Lunatic asylums in Bengal annual reports 1888-1898 - 1888-1898
Year: 1888
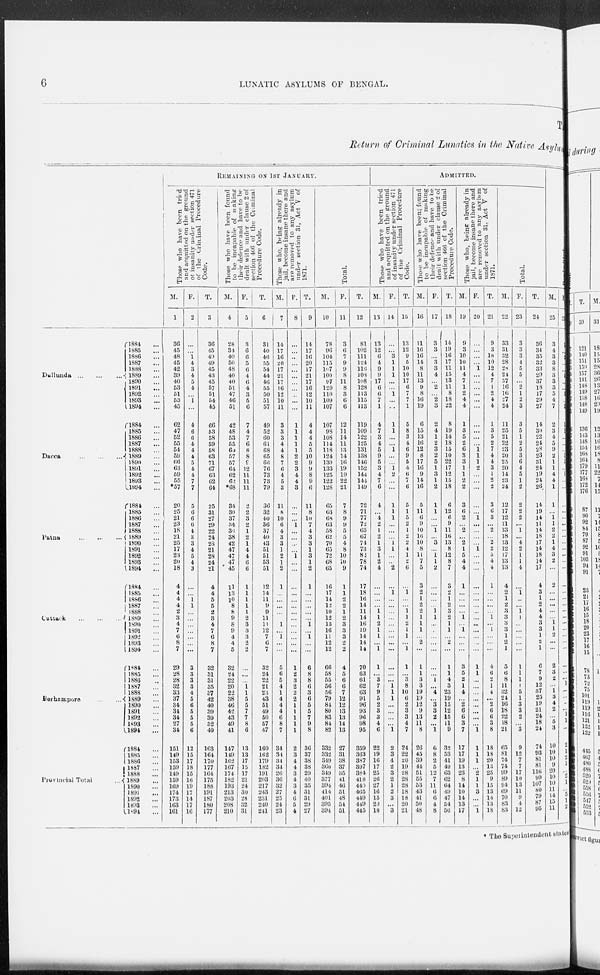
6
LUNATIC ASYLUMS OF BENGAL.
T.
Return
of Criminal
Lunatics
in the Native
Asylum
Dullunda
...
...
...
Dacca
...
...
...
Patna
...
...
...
Cuttack
...
...
...
Berhampore
...
...
Provincial Total
...
1884 ...
1885 ...
1886 ...
1887 ...
1888 ...
1889 ...
1890 ...
1891 ...
1892 ...
1893 ...
1894 ...
1884 ...
1885 ...
1886 ...
1887 ...
1888 ...
1889 ...
1890 ...
1891 ...
1892 ...
1893 ...
1894 ...
1884 ...
1885 ...
1886 ...
1887 ...
1888 ...
1889 ...
1890 ...
1891 ...
1892 ...
1893 ...
1894 ...
1884 ...
1885 ...
1886 ...
1887 ...
1888 ...
1889 ...
1890 ...
1891 ...
1892 ...
1893 ...
1894 ...
1884 ...
1885 ...
1886 ...
1887 ...
1888 ...
1889 ...
1890 ...
1891 ...
1892 ...
1893 ...
1894 ...
1884 ...
1885 ...
1886 ...
1887 ...
1888 ...
1889 ...
1890 ...
1891 ...
1892 ...
1893 ...
1894 ...
REMAINING ON 1ST JANUARY.
Those who have been tried
and acquitted on the ground
of insanity under section 471
of the Criminal Procedure
Code.
M.
1
36
45
48
45
42
39
40
53
51
53
45
62
47
52
55
54
59
66
63
59
55
*57
20
25
21
23
18
21
25
17
23
20
18
4
4
4
4
2
3
4
7
6
8
7
29
28
28
32
33
37
34
34
34
27
34
151
149
153
159
149
159
169
174
173
163
161
F.
2
...
...
1
4
3
4
5
4
...
1
...
4
6
6
4
4
4
5
4
4
7
7
5
6
6
6
4
3
3
4
5
4
3
...
...
1
1
...
...
...
...
...
...
...
3
3
3
3
4
5
6
5
5
5
6
12
15
17
18
15
16
19
17
14
17
16
T.
3
36
45
49
49
45
43
45
57
51
54
45
66
53
58
59
58
63
71
67
63
62
64
25
31
27
29
22
24
28
21
28
24
21
4
4
5
5
2
3
4
7
6
8
7
32
31
31
35
37
42
40
39
39
32
40
163
164
170
177
164
175
188
191
187
180
177
Those who have been found
to be incapable of making
their defence and have to be
dealt with under clause 2 of
section 466 of the Criminal
Procedure Code.
M.
4
28
34
40
50
48
40
40
51
47
46
51
42
48
53
55
60
57
57
64
62
62
*68
34
30
37
34
36
38
42
47
47
47
45
11
13
10
8
8
9
8
9
4
4
5
32
24
22
20
22
38
46
42
43
49
41
147
149
162
167
174
182
193
213
203
208
210
F.
5
3
6
6
5
6
4
6
4
3
5
6
7
4
7
6
8
8
9
12
11
11
11
2
2
3
2
1
2
1
4
4
6
6
1
1
1
1
1
2
3
3
3
2
2
...
...
...
1
1
5
5
7
7
8
6
13
13
17
15
17
21
24
30
28
32
31
T.
6
31
40
46
55
54
44
46
55
50
51
57
49
52
60
61
68
65
66
76
73
73
79
36
32
40
36
37
40
43
51
51
53
51
12
14
11
9
9
11
11
12
7
6
7
32
24
22
21
23
43
51
49
50
57
47
160
162
179
182
191
203
217
213
231
240
241
Those who, being already in
jail, become insane there and
are removed to any asylum
under section 31, Act V of
1871.
M.
7
14
17
16
20
17
21
17
16
12
10
11
3
3
3
4
4
8
7
6
4
5
3
11
8
10
6
4
3
3
1
2
1
2
1
...
...
...
...
...
1
...
1
...
...
5
6
5
4
1
4
4
4
6
8
7
34
34
34
34
26
36
32
27
25
24
23
F.
8
...
...
...
...
...
...
...
...
...
...
...
1
1
1
1
1
2
2
3
4
4
3
...
...
...
1
...
...
...
...
1
...
...
...
...
...
...
...
...
...
...
...
...
...
1
2
3
2
2
2
1
1
1
1
1
2
3
4
4
3
4
3
4
6
5
4
T.
9
14
17
16
20
17
21
17
16
12
10
11
4
4
4
5
5
10
9
9
8
9
6
11
8
10
7
4
3
3
1
3
1
2
1
...
...
...
...
...
1
...
1
...
...
6
8
8
6
3
6
5
5
7
9
8
36
37
38
38
29
40
35
31
31
29
27
Total.
M.
10
78
96
104
115
107
100
97
120
110
109
107
107
98
108
114
118
124
130
133
125
122
128
65
63
68
63
58
62
70
65
72
68
65
16
17
14
12
10
12
13
16
11
12
12
66
58
55
56
56
79
84
80
83
84
82
332
332
349
360
349
377
394
414
401
395
394
F.
11
3
6
7
9
9
8
11
8
3
6
6
12
11
14
11
13
14
16
19
19
22
21
7
8
9
9
5
5
4
8
10
10
9
1
1
2
2
1
2
3
3
3
2
2
4
5
6
6
7
12
12
13
13
14
13
27
31
38
37
35
41
46
51
48
54
51
T.
12
81
102
111
124
116
108
108
128
113
115
113
119
109
122
125
131
138
146
152
144
144
149
72
71
77
72
63
67
74
73
82
78
74
17
18
16
14
11
14
16
19
14
14
14
70
63
61
62
63
91
96
93
96
98
95
359
363
387
397
384
418
440
465
449
449
445
Admitted.
Those who have been tried
and acquitted on the ground
of insanity under section 471
of the Criminal Procedure
Code.
M.
13
13
12
6
4
9
9
17
6
6
7
1
4
7
3
4
5
9
5
3
4
7
6
4
...
4
2
1
2
1
3
1
2
4
...
...
...
...
1
1
2
1
1
...
1
1
...
3
7
9
5
2
3
3
4
6
22
19
16
17
25
26
27
16
15
20
18
F.
14
...
...
3
1
1
1
...
...
1
...
...
1
1
...
...
1
...
...
1
2
...
...
1
1
1
...
...
...
1
1
...
...
2
...
1
...
...
...
...
...
...
...
...
...
...
...
...
1
1
1
...
...
...
...
1
2
3
4
2
3
2
1
2
3
...
3
T.
15
13
12
9
5
10
10
17
6
7
7
1
5
8
3
4
6
9
5
4
6
7
6
5
1
5
2
1
2
2
4
1
2
6
...
1
...
...
1
1
2
1
1
...
1
1
...
3
8
10
6
2
3
3
4
7
24
22
20
19
28
28
28
18
18
20
21
Those who have been found
to be incapable of making
their defence and have to be
dealt with under clause 2 of
section 466 of the Criminal
Procedure Code.
M.
16
11
16
16
14
8
11
13
9
8
16
19
6
15
13
16
12
8
17
16
9
14
16
5
11
6
9
10
16
10
8
11
7
5
3
2
1
2
2
1
1
1
...
2
...
1
1
3
3
19
19
12
9
13
11
8
26
45
39
44
51
55
53
43
41
50
48
F.
17
3
3
...
3
3
4
...
2
...
2
3
2
4
1
2
3
2
5
1
3
1
2
1
1
...
...
1
...
3
...
1
1
2
...
...
...
...
1
1
...
...
...
...
...
...
...
1
...
4
...
3
3
2
...
1
6
8
2
5
12
7
11
6
6
4
8
T.
18
14
19
16
17
11
15
13
11
8
18
22
8
19
14
18
15
10
22
17
12
15
18
6
12
6
9
11
16
13
8
12
8
7
3
2
1
2
3
2
1
1
...
2
...
1
1
4
3
23
19
15
12
15
11
9
32
53
41
49
63
62
64
49
47
54
56
Those who, being already in
jail, become insane there and
are removed to any asylum
under section 31, Act V of
1871.
M.
19
9
3
10
10
11
4
7
1
2
4
4
1
3
5
2
6
3
3
1
1
2
2
3
6
2
...
2
...
2
1
5
4
4
1
...
...
...
...
1
...
1
...
...
...
3
5
2
1
4
...
2
6
6
3
7
17
17
19
13
23
8
14
10
14
13
17
F.
20
...
...
...
...
1
...
...
...
...
...
...
...
...
...
...
1
1
1
2
...
...
...
...
...
1
...
...
...
...
1
...
...
...
...
...
...
...
...
...
...
...
...
...
...
1
1
...
...
...
...
...
...
...
...
1
1
1
1
...
2
1
1
3
...
...
1
T.
21
9
3
10
10
12
4
7
1
2
4
4
1
3
5
2
7
4
4
3
1
2
2
3
6
3
...
2
...
2
2
5
4
4
1
...
...
...
...
1
...
1
...
...
...
4
6
2
1
4
...
2
6
6
3
8
18
18
20
13
25
9
15
13
14
13
18
Total.
M.
22
33
31
32
28
28
24
37
16
16
27
24
11
25
21
22
23
20
25
20
14
23
24
12
17
12
11
13
18
13
12
17
13
13
4
2
1
2
3
3
3
3
1
2
1
5
6
8
11
32
24
16
18
22
18
21
65
81
74
74
99
89
94
69
70
83
83
F.
23
3
3
3
4
5
5
...
2
1
2
3
3
5
1
2
5
3
6
4
5
1
2
2
2
2
...
1
...
4
2
1
1
4
...
1
...
...
1
1
...
...
...
...
...
1
1
1
1
5
1
3
3
2
...
3
9
12
7
7
17
10
13
11
9
4
12
T.
24
86
34
35
32
33
29
37
18
17
29
27
14
30
22
24
28
23
31
24
19
24
26
14
19
14
11
14
18
17
14
18
14
17
4
3
1
2
4
4
3
3
1
2
1
6
7
9
12
37
25
19
21
24
18
24
74
93
81
81
116
99
107
80
79
87
95
M.
25
3
4
3
3
8
3
3
3
5
4
7
2
3
4
5
9
2
1
1
4
4
1
1
...
1
1
2
2
1
4
3
2
...
2
...
...
...
...
...
1
1
2
...
...
2
3
2
...
1
3
4
2
...
5
3
10
10
10
9
20
10
10
11
14
15
11
F.
26
1
...
1
...
...
1
...
...
...
...
...
1
1
...
...
...
...
1
...
1
..,
..,
...
...
...
...
...
...
...
...
...
...
...
...
...
...
...
...
...
...
...
...
...
...
...
1
...
...
...
...
1
1
...
2
1
2
1
...
1
1
5
1
1
2
* The Superintendent states